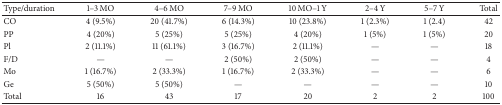
<table><thead><tr><td><b>Type/duration</b></td><td><b>1–3 MO</b></td><td><b>4–6 MO</b></td><td><b>7–9 MO</b></td><td><b>10 MO–1 Y</b></td><td><b>2–4 Y</b></td><td><b>5–7 Y</b></td><td><b>Total</b></td></tr></thead><tbody><tr><td>CO</td><td>4 (9.5%)</td><td>20 (41.7%)</td><td>6 (14.3%)</td><td>10 (23.8%)</td><td>1 (2.3%)</td><td>1 (2.4)</td><td>42</td></tr><tr><td>PP</td><td>4 (20%)</td><td>5 (25%)</td><td>5 (25%)</td><td>4 (20%)</td><td>1 (5%)</td><td> 1 (5%)</td><td>20</td></tr><tr><td>Pl</td><td>2 (11.1%)</td><td>11 (61.1%)</td><td>3 (16.7%) </td><td> 2 (11.1%)</td><td>—</td><td>—</td><td>18</td></tr><tr><td>F/D</td><td> —</td><td> —</td><td>2 (50%)</td><td>2 (50%)</td><td>—</td><td>—</td><td>4</td></tr><tr><td>Mo</td><td>1 (16.7%)</td><td>2 (33.3%)</td><td>1 (16.7%)</td><td>2 (33.3%)</td><td>—</td><td>—</td><td>6</td></tr><tr><td>Ge</td><td>5 (50%)</td><td> 5 (50%)</td><td>—</td><td>—</td><td>—</td><td>—</td><td>10</td></tr><tr><td>Total</td><td>16</td><td>43</td><td>17</td><td>20</td><td>2</td><td>2</td><td>100</td></tr></tbody></table>